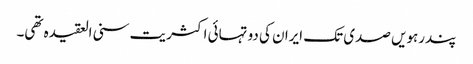
پندرہویں صدی تک ایران کی دو تہائی اکثریت سنی العقیدہ تھی۔